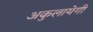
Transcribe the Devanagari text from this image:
अकुलायेगी